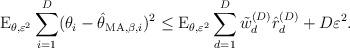
LaTeX: \begin{align*}\mathrm{E}_{\theta,\varepsilon^2} \sum_{i=1}^{D}(\theta_{i}-\hat{\theta}_{\mathrm{MA},\beta,i})^2\leq \mathrm{E}_{\theta,\varepsilon^2} \sum_{d=1}^{D}\tilde{w}_{d}^{(D)}\hat{r}^{(D)}_{d} + D\varepsilon^{2}.\end{align*}